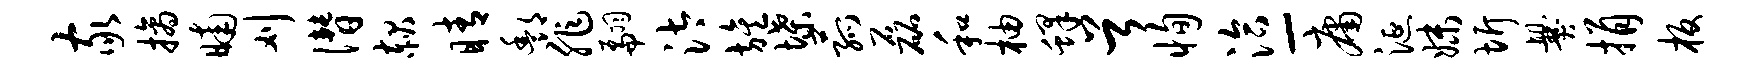
家摘晡刈僭赧睛酆非翩汰旌堞菰磊和柚蜂首恂洽-庸涎妹圻爨捐板